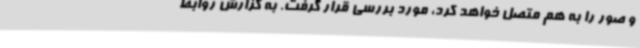
و صور را به هم متصل خواهد کرد، مورد بررسی قرار گرفت. به گزارش روابط